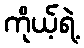
ကိုယ့်ရဲ့